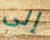
إلى